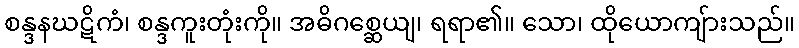
စန္ဒနဃဋိကံ၊ စန္ဒကူးတုံးကို။ အဓိဂစ္ဆေယျ၊ ရရာ၏။ သော၊ ထိုယောကျ်ားသည်။